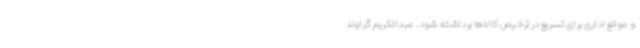
و موانع اداری برای تسریع در ترخیص کالاها برداشته شود. عبدالکریم گراوند